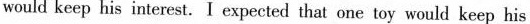
would keep his interest.I expected that one toy would keep his